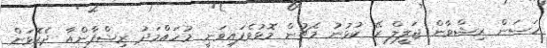
ހަސަން ރިޝްވާން ޖަލީލް ރޭ ކުޅުނު މެޗުން މޮޅުވެފައިވަނީ މުހައްމަދު ރިޝްފާންއާ ދެކޮޅަށް